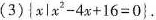
(3)\left \{ x | $$x ^ { 2 } - 4 x + 1 6 = 0$$ \right \} 。